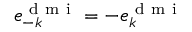
\boldsymbol { e } _ { - k } ^ { \mathrm { ~ d ~ m ~ i ~ } } = - \boldsymbol { e } _ { k } ^ { \mathrm { ~ d ~ m ~ i ~ } }